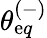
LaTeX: \theta_{\mathrm{e}q}^{(-)}